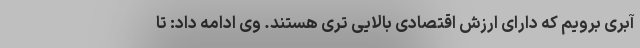
آبری برویم که دارای ارزش اقتصادی بالایی تری هستند. وی ادامه داد: تا